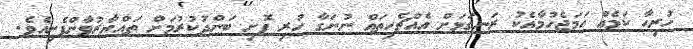
ހުރިހާ ކަމެއް ހަމަޖެހުމާއެކު ރަނގަޅަށް އެއްޗެހިތައް ނުނަގާ ހުރި ފޮށި ބަންދުކުރުމަށް ތައްޔާރުވާންފެށިއެވެ.